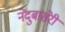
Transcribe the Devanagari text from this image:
नेंदुबासेरी